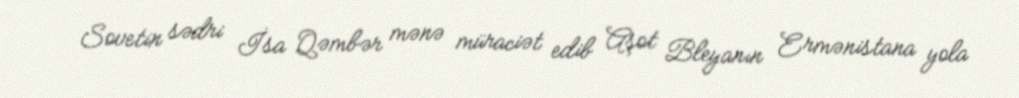
Sovetin sədri İsa Qəmbər mənə müraciət edib Aşot Bleyanın Ermənistana yola